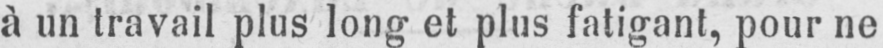
à un travail plus long et plus fatigant, pour ne